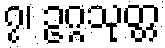
၇၊ ဥဂ္ဂသုတ္တ